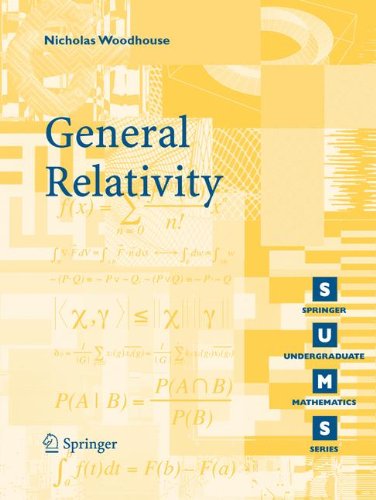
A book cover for General Relativity (Springer Undergraduate Mathematics Series); N.M.J. Woodhouse; Science & Math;